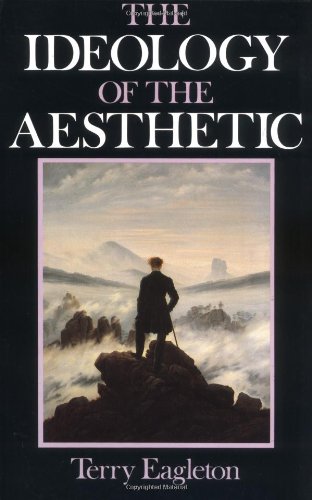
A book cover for The Ideology of the Aesthetic; Terry Eagleton; Politics & Social Sciences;